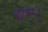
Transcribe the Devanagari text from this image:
इयर।